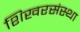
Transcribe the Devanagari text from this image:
शिखरसंस्था